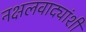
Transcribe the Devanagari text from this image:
नक्षलवाद्यांशी